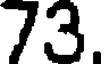
73.